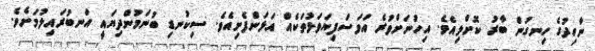
ނާހިދުގެ ހިނގުން ބާރު ކޮށްލިއެވެ. އިހުނަށްވުރެ އަވަސްފިޔަވަޅުތަކެއް އަޅަންފެށިއެވެ. ސިކުނޑި ބުނަމުންދިޔައީ އަނބުރައިލުމަށެވެ.